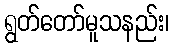
ရွတ်တော်မူသနည်း၊